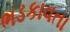
ભડકાવતા